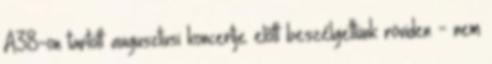
A38-on tartott augusztusi koncertje előtt beszélgettünk röviden - nem